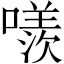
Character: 𠿢